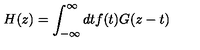
H ( z ) = \int _ { - \infty } ^ { \infty } d t f ( t ) G ( z - t )